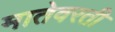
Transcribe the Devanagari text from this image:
मातेवरती